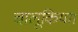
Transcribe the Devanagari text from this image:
चालूकिया।